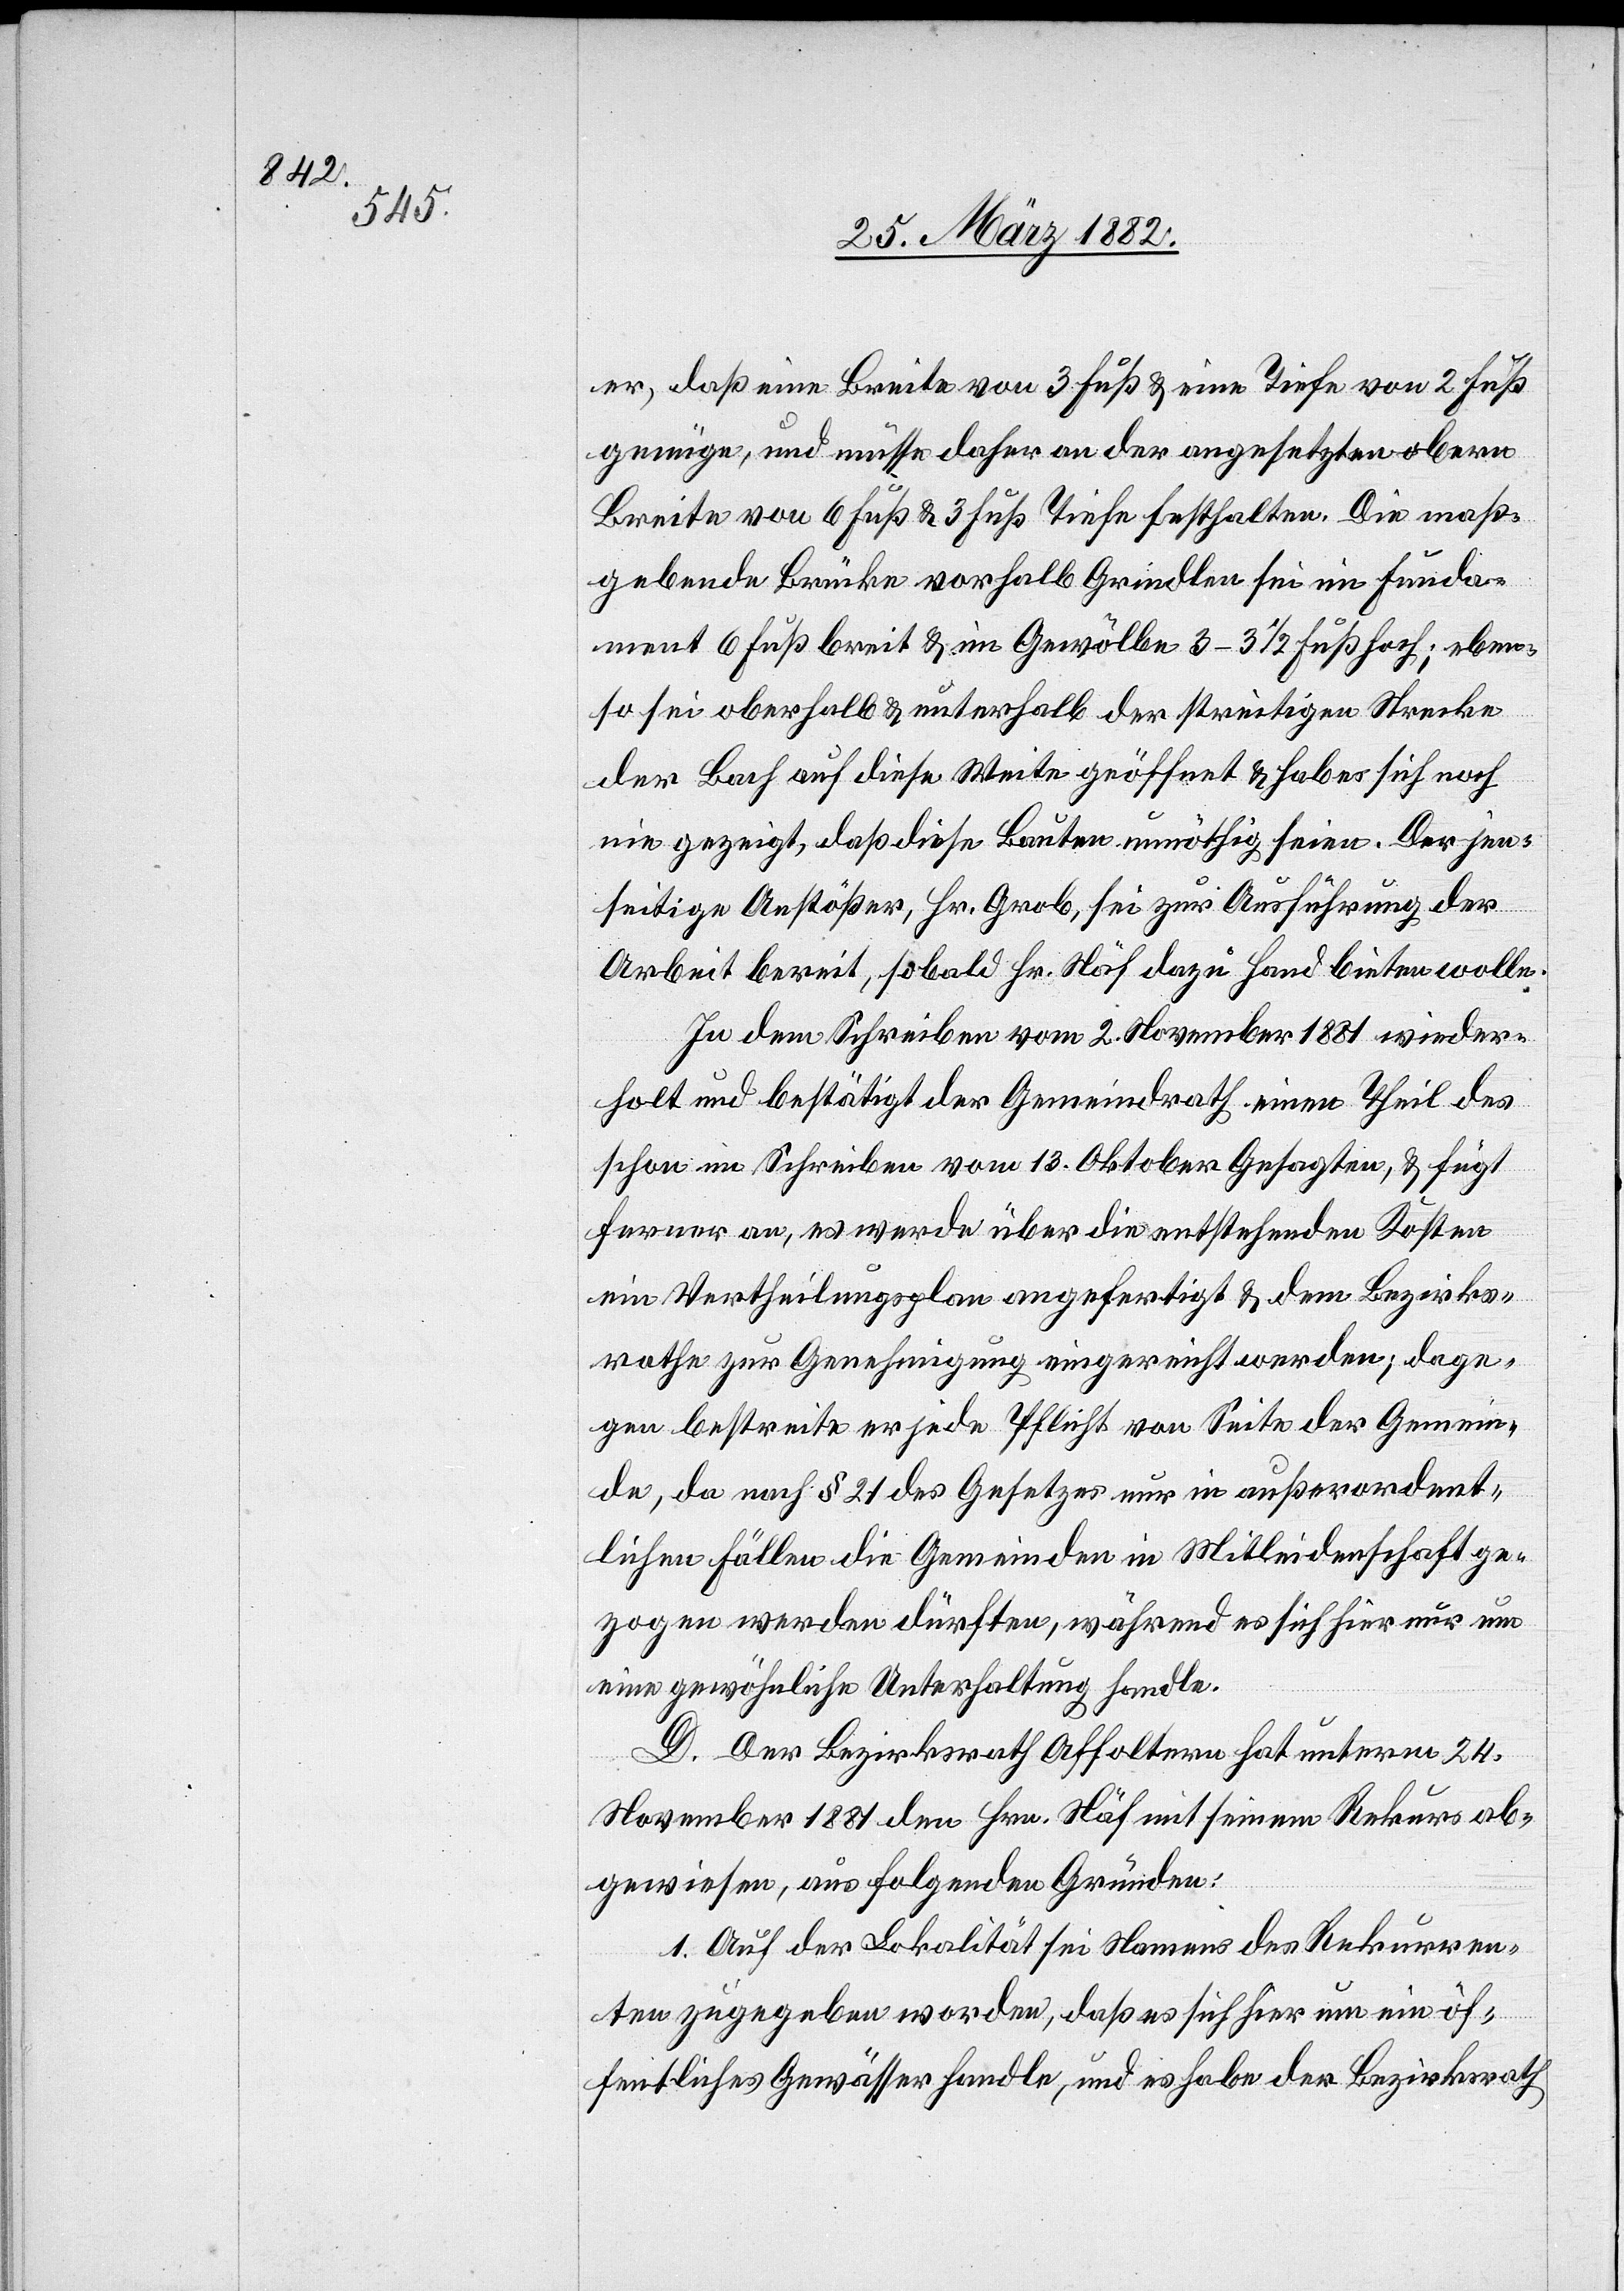
er, daß eine Breite von 3 Fuß & eine Tiefe von 2 Fuß
genüge, und müsse daher an der angesetzten oberen
Breite von 6 Fuß & 3 Fuß Tiefe festhalten, Die maß¬
gebende Brücke vorhalb Griedlen sei im Funda¬
ment 6 Fuß breit & im Gewölbe 3–3 1/2 Fuß hoch; eben¬
so sei oberhalb & unterhalb der strittigen Strecke
der Bach auf diese Weite geöffnet & hab es sich noch
nie gezeigt, daß diese Baute unnöthig seien. Der jen¬
seitige Anstößer, Hr. Grob, sei zur Ausführung der
Arbeit bereit, sobald Hr. Näf dazu Hand bieten wolle.
In dem Schreiben vom 2. November 1881 wieder¬
holt und bestätigt der Gemeindrath einen Theil des
schon im Schreiben vom 13. Oktober Gesagten & fügt
ferner an, es werde über die entsprechenden Kosten
ein Vertheilungsplan angefertigt & dem Bezirks¬
rathe zur Genehmigung eingereicht werden; dage¬
gen bestreite er jede Pflicht von Seite der Gemein¬
de, da nach § 21 des Gesetzes nur in außerordent¬
lichen Fällen die Gemeinden in Mitleidenschaft ge¬
zogen werden dürften, während es sich hier nur um
eine gewöhnliche Unterhaltung handle.
D. Der Bezirksrath Affoltern hat unterm 24.
November 1881 den Hrn. Näf mit seinem Rekurs ab¬
gewiesen, aus folgenden Gründen:
1. Auf der Lokalität sei Namens des Rekurren¬
ten zugegeben worden, daß es sich hier um ein öf¬
fentliches Gewässer handle, und es habe der Bezirksrath